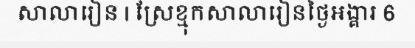
សាលារៀន | ស្រែខ្មុកសាលារៀនថ្ងៃអង្គារ 6